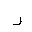
Letter: _ra